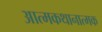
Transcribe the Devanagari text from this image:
आत्मकथानात्मक